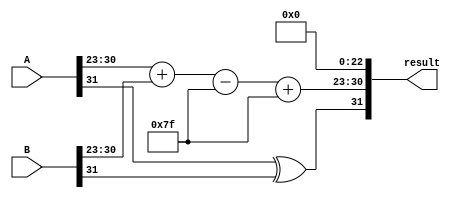
module radix4_fp_multiplier (
    input wire [31:0] A, // First floating-point number
    input wire [31:0] B, // Second floating-point number
    output reg [31:0] result // Resulting floating-point number
);

    // IEEE 754 components
    wire A_sign = A[31];
    wire [7:0] A_exponent = A[30:23];
    wire [23:0] A_mantissa = {1'b1, A[22:0]}; // Implicit leading 1

    wire B_sign = B[31];
    wire [7:0] B_exponent = B[30:23];
    wire [23:0] B_mantissa = {1'b1, B[22:0]}; // Implicit leading 1

    // Bias for single-precision
    localparam BIAS = 8'd127;

    // Result components
    reg result_sign;
    reg [7:0] result_exponent;
    reg [47:0] result_mantissa; // Extended mantissa for multiplication

    // Intermediate signals
    wire [8:0] exponent_sum;
    wire [47:0] partial_product [0:3]; // Store partial products

    // Sign calculation
    always @(*) begin
        result_sign = A_sign ^ B_sign;
    end

    // Exponent calculation
    assign exponent_sum = {1'b0, A_exponent} + {1'b0, B_exponent} - BIAS;

    // Mantissa calculation using Radix-4 Booth algorithm
    always @(*) begin
        // Initialize partial products
        partial_product[0] = A_mantissa * B_mantissa[1:0]; // Pairs of bits
        partial_product[1] = A_mantissa * B_mantissa[3:2];
        partial_product[2] = A_mantissa * B_mantissa[5:4];
        partial_product[3] = A_mantissa * B_mantissa[7:6];

        // Combine partial products
        result_mantissa = partial_product[0] + (partial_product[1] << 2) + 
                          (partial_product[2] << 4) + (partial_product[3] << 6);
    end

    // Normalization
    always @(*) begin
        if (result_mantissa[47]) begin
            // Overflow case
            result_mantissa = result_mantissa >> 1;
            result_exponent = exponent_sum + 1;
        end else begin
            // Normal case
            result_exponent = exponent_sum;
        end
    end

    // Rounding (simple truncation for this example)
    always @(*) begin
        // Truncate mantissa to 23 bits
        result_mantissa = result_mantissa[46:24]; // Keep 23 bits
    end

    // Final result assembly
    always @(*) begin
        result = {result_sign, result_exponent + BIAS, result_mantissa[22:0]};
    end

endmodule